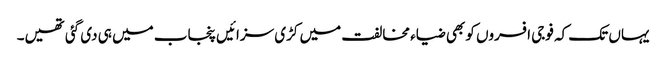
یہاں تک کہ فوجی افسروں کو بھی ضیاء مخالفت میں کڑی سزائیں پنجاب میں ہی دی گئی تھیں۔